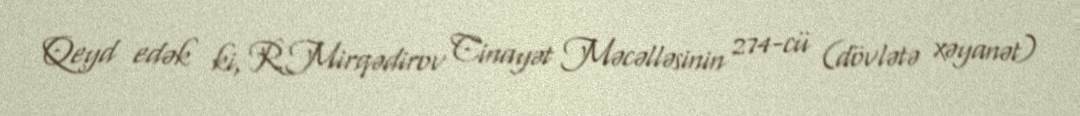
Qeyd edək ki, R.Mirqədirov Cinayət Məcəlləsinin 274-cü (dövlətə xəyanət)